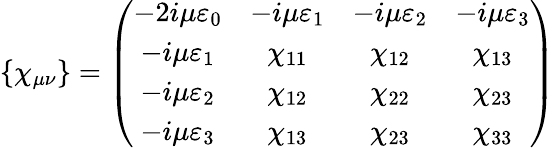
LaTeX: \{ \chi_{\mu\nu}\} =\left(\begin{array}{cccc}{{-2i\mu\varepsilon_{0}}}&{{-i\mu\varepsilon_{1}}}&{{-i\mu\varepsilon_{2}}}&{{-i\mu\varepsilon_{3}}}\\ {{-i\mu\varepsilon_{1}}}&{{\chi_{11}}}&{{\chi_{12}}}&{{\chi_{13}}}\\ {{-i\mu\varepsilon_{2}}}&{{\chi_{12}}}&{{\chi_{22}}}&{{\chi_{23}}}\\ {{-i\mu\varepsilon_{3}}}&{{\chi_{13}}}&{{\chi_{23}}}&{{\chi_{33}}}\end{array}\right)